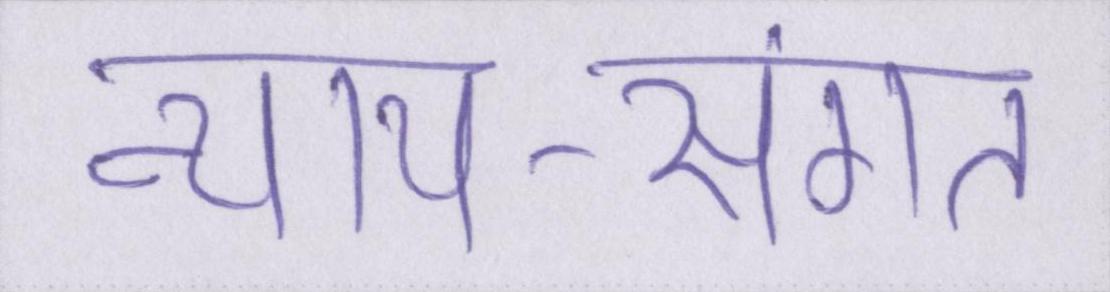
न्याय-संगत